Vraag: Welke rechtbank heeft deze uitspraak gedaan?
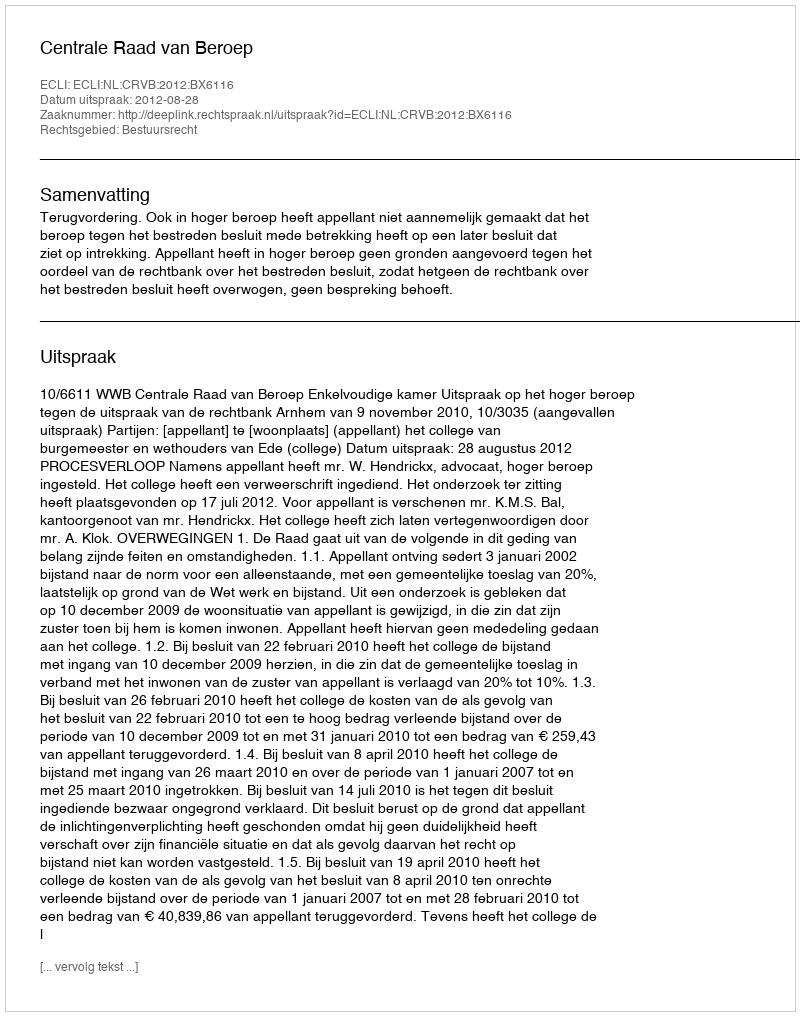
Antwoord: Centrale Raad van Beroep